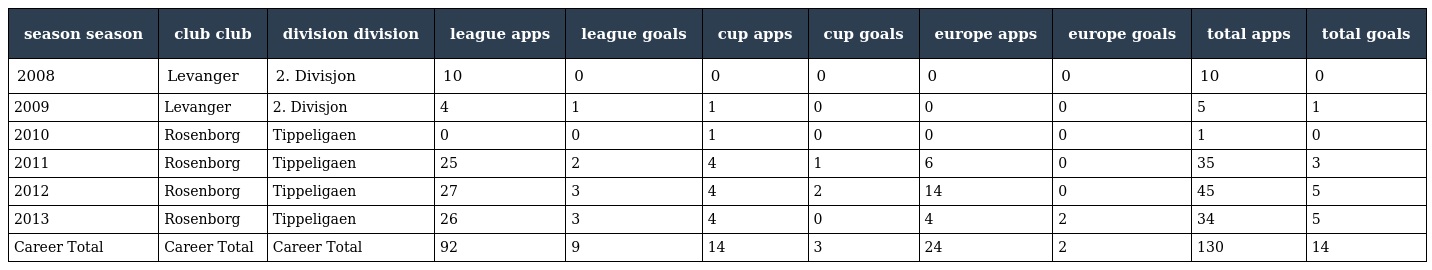
| season season | club club | division division | league apps | league goals | cup apps | cup goals | europe apps | europe goals | total apps | total goals |
 | --- | --- | --- | --- | --- | --- | --- | --- | --- | --- | --- |
 | 2008 | Levanger | 2. Divisjon | 10 | 0 | 0 | 0 | 0 | 0 | 10 | 0 |
 | 2009 | Levanger | 2. Divisjon | 4 | 1 | 1 | 0 | 0 | 0 | 5 | 1 |
 | 2010 | Rosenborg | Tippeligaen | 0 | 0 | 1 | 0 | 0 | 0 | 1 | 0 |
 | 2011 | Rosenborg | Tippeligaen | 25 | 2 | 4 | 1 | 6 | 0 | 35 | 3 |
 | 2012 | Rosenborg | Tippeligaen | 27 | 3 | 4 | 2 | 14 | 0 | 45 | 5 |
 | 2013 | Rosenborg | Tippeligaen | 26 | 3 | 4 | 0 | 4 | 2 | 34 | 5 |
 | Career Total | Career Total | Career Total | 92 | 9 | 14 | 3 | 24 | 2 | 130 | 14 |